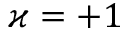
\varkappa = + 1